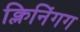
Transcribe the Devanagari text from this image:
क्लिनिंगग